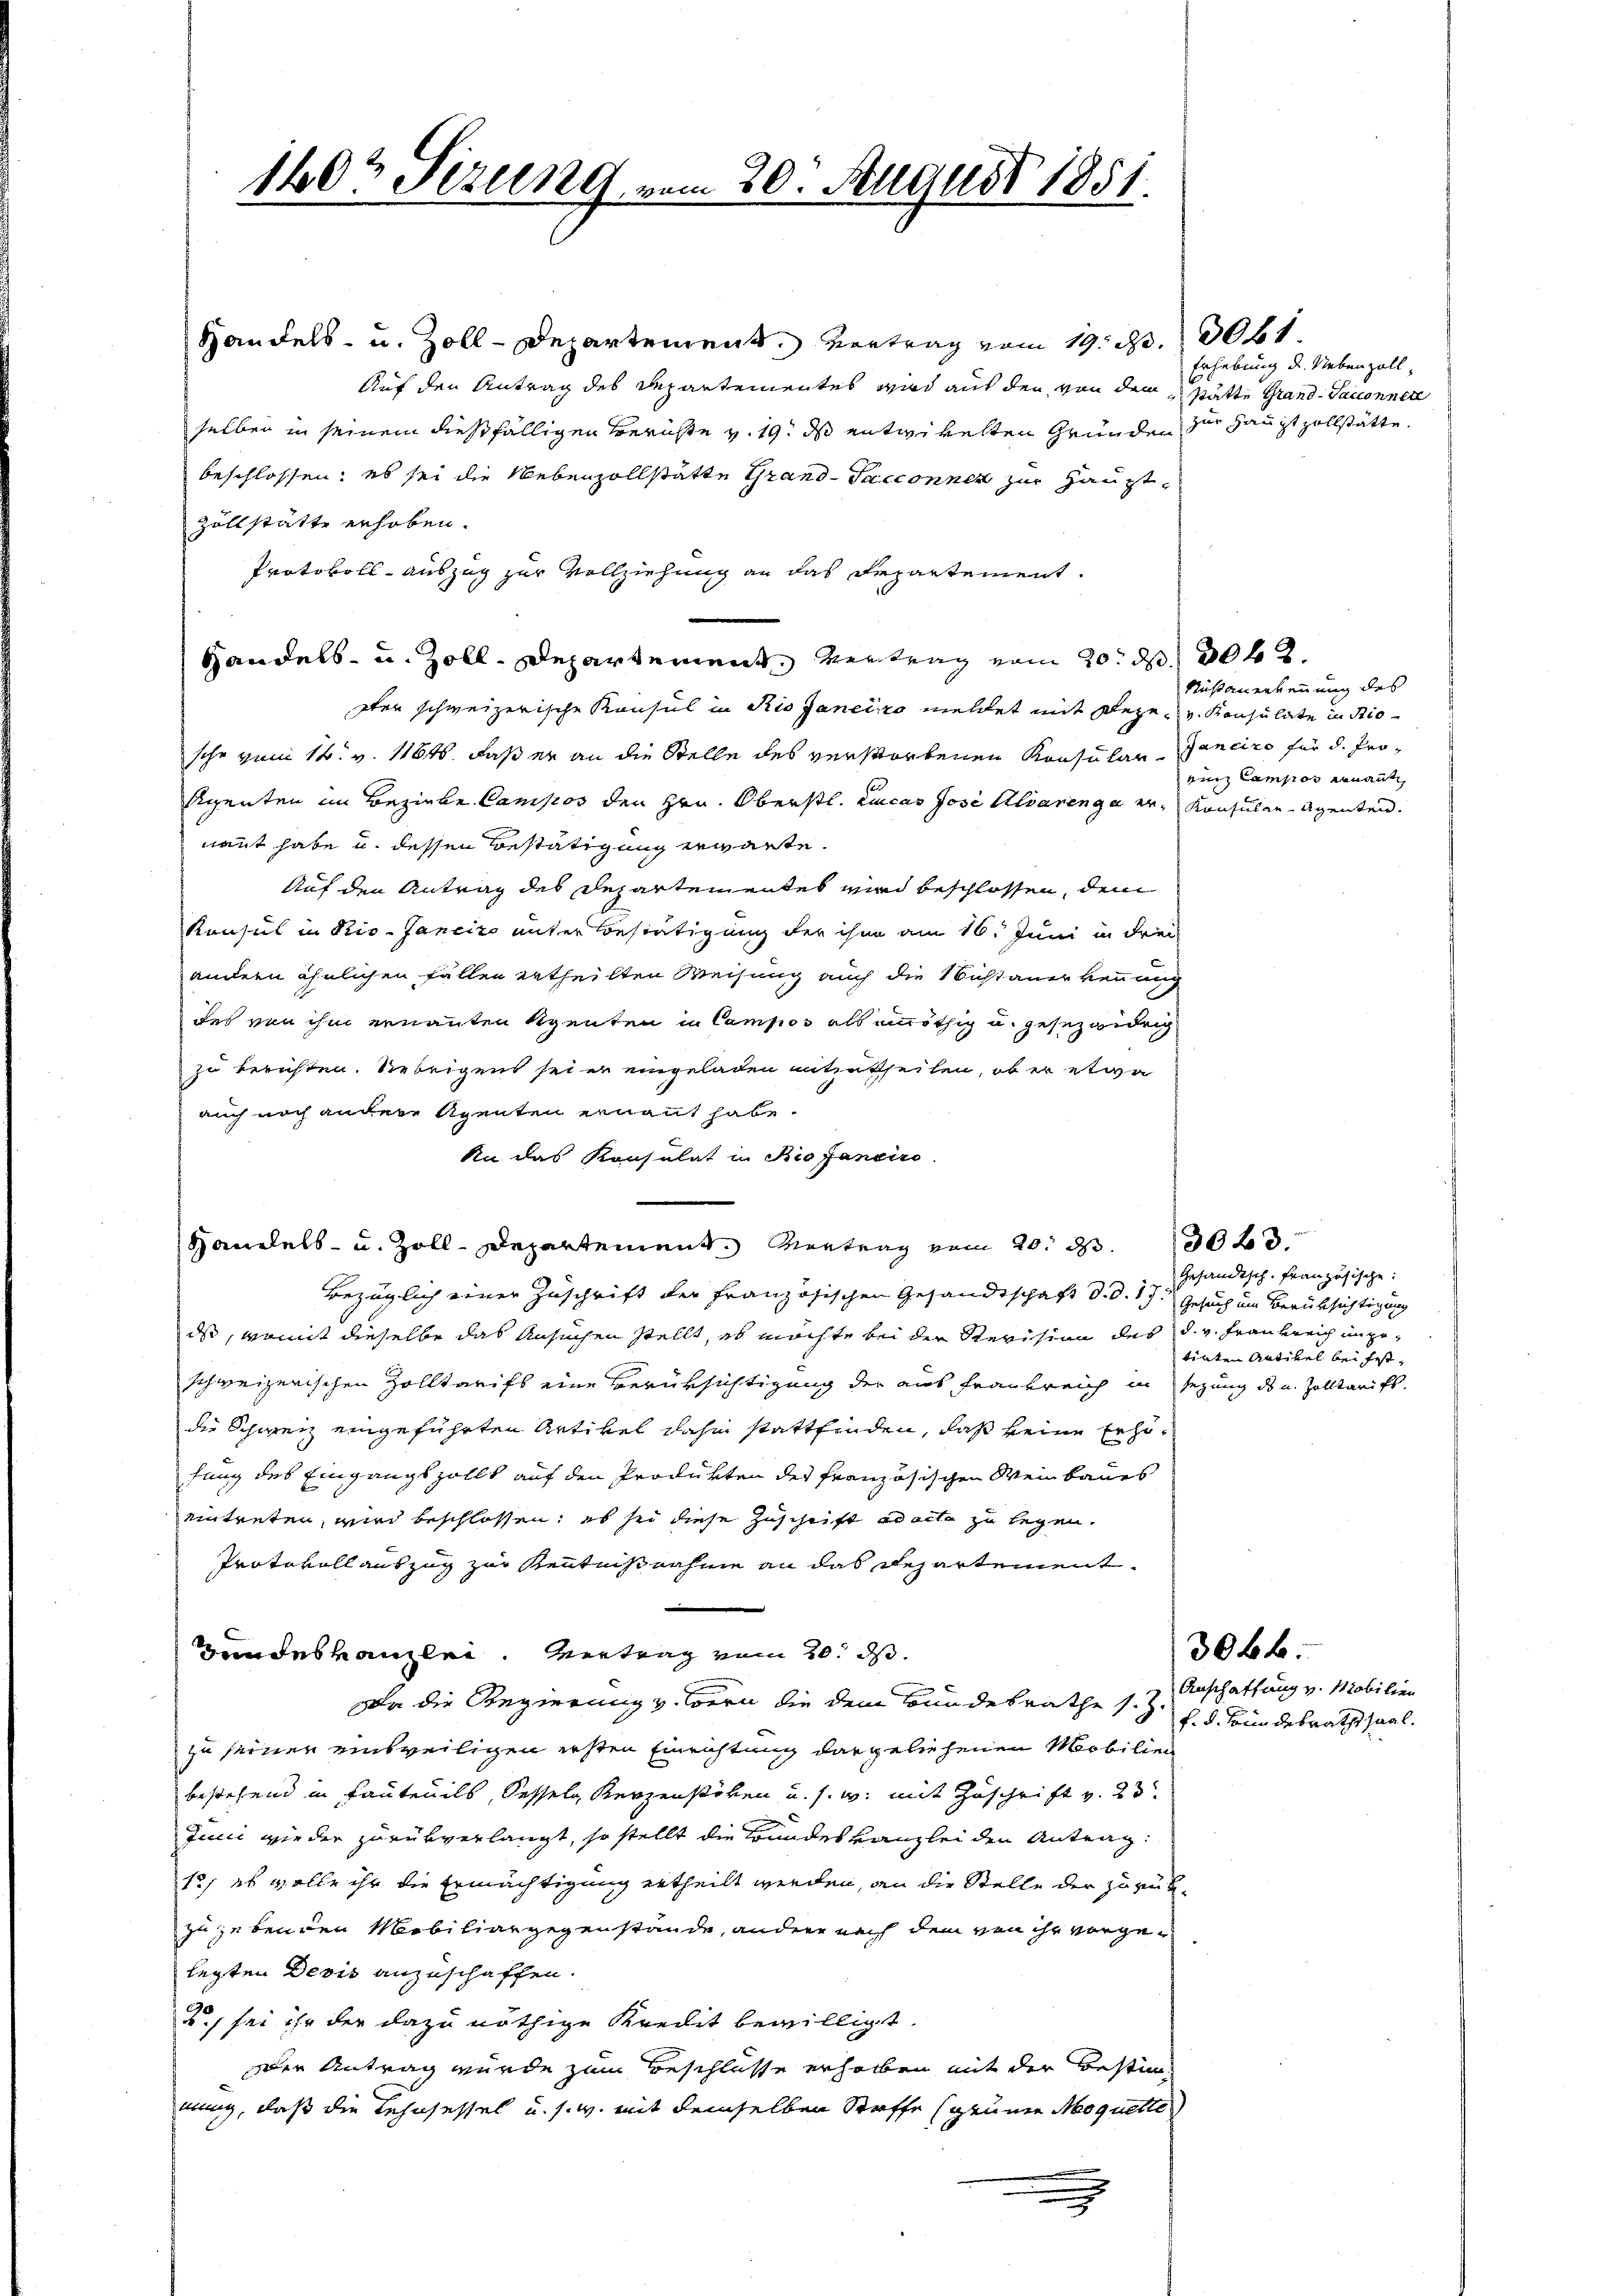
Handels- u. Zoll-Departement. Vertrag vom 19. d. 2061
Auf den Antrag des Departementes wird auf den von dem Stätte Grand- Sacconnere
selben in seinem dießfälligen Berichte v. 19. ds entwickelten Gründen zur Haupt zollstätte.
beschlossen, es sei die Nebenzollstätte Grand-Pacconnen zur Haupt¬
Zollstätte erhoben.
Protokoll-auszug zur Vollziehung an das Departement.
Handels- u. Zoll. Departement Vertrag vom 20. d. 302.
ster schweizerische Konsul in Rio geneiro meldet mit seze u. Konsulate in Riosche vom 14. v. 1184. daß er an die Stelle des verstorbenen Konsular-anciro für d. Pro¬
Agenten im Bezirke Campos den Hrn. Oberstl. Lucas Jose Alvarenge er, Konsulen Agenten.
nannt habe u. dessen Bestätigung erwärte.
Auf den Antrag des Departementes wird beschlossen, dem
Konsul in Rio-Janeiro unter Bestätigung der ihm am 16. Juni in drei
andern ähnlichen Fällen ertheilten Weisung auch die Nichtanerkennung
des von ihm ernannten Agenten in Campios als unnöthig u. gesezwidrig
zu berichten. Uebrigens sei er eingeladen mitzutheilen, ob er etwa
auch noch andere Agenten ernannt habe.
An das Konsulat in Biofaneiro
Handels- u. Zoll-Departement. Vertrag vom 20. d.
Bezüglich einer Zuschrift der Französischen Gesandtschaft d. d. 17. Gesuch um Berüksichtigung
dss, womit dieselbe das Ansuchen stellt, es möchte bei der Revision des d. v. Frankreich ungeschweizerischen Zolltarifs eine Berüksichtigung der aus Frankreich in sezung da u. Zolltarifs,
die Schweiz eingeführten Artikel dahn stattfinden, daß keine Erhöfung des Eingangszollt auf den Produkten des französischen Weinbaues
eintreten, wird beschlossen, es sei diese Zuschrift ad acte zu legen.
Protevoll auszug zur Kenntnisnahme an das Departement¬
Bundeskanzlei. Vertrag vom 20. ds.
von die Regierung v. Bern die dem Bundesrathe si
zu seiner einsweiligen ersten Einrichtung dargeliehenen Mobilie
bestehend in Fautenils, Kesseln Kerzenstöben u. s. w. mit Zuschrift v. 23.
Juni wieder zurükverlangt, so stellt die Bundeskanzlei den Antrag:
12, es wolle ihr die Ermächtigung ertheilt werden, an die Stelle der zurück-
zu gebenden Mobiliargegenstände, andere nach dem von ihr vorgelegten Devis anzuschaffen.
2., sei ihr der dazu nöthige Kredit bewilligt.
den Antrag wurde zum Beschlusse erhalben mit der Bestimmung, daß die Lehnsessel u. s. w. mit demselben Stoffe seinen Moquette

1402 Firung von

20. August 1851.

Erhebung u. Nebenzoll,

Rußanerkennung des
ein Lamper ernannt

3023.
Gesandtsch. Französische.
tönten Artikel bei fest,

3066.
Anschaffung v. Mobilien
f. d. Bundesrathssaal.